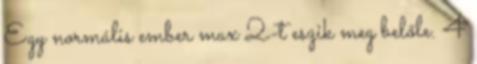
Egy normális ember max 2-t eszik meg belőle. 4